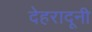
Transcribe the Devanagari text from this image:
देहरादूनी